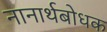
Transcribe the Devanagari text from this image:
नानार्थबोधक